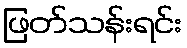
ဖြတ်သန်းရင်း